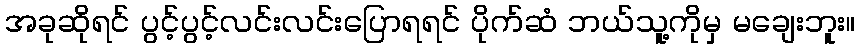
အခုဆိုရင် ပွင့်ပွင့်လင်းလင်းပြောရရင် ပိုက်ဆံ ဘယ်သူ့ကိုမှ မချေးဘူး။